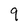
Character: 9